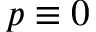
p \equiv 0